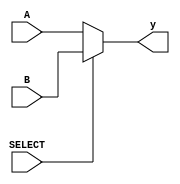
module two2onemux #(parameter N = 4) ( // Sworup Bhattarai 1001093304
	input SELECT, 
	input [N-1:0] A, B,
	output reg [N-1:0] y );  
	
	always @ (SELECT,A,B)
	begin	
	
		if (SELECT==1'b1)
		begin
			y <= B;
		end
		
		else 
		begin
			y <= A;
		end
		
	end
endmodule